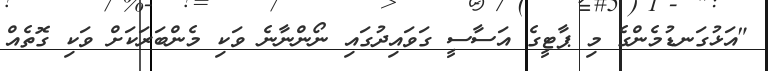
"އަޅުގަނޑުމެންގެ މި ޕާޓީގެ އަސާސީ ގަވައިދުގައި ނޯންނާނެ ވަކި މެންބަރަކަށް ވަކި ގޮތެއް